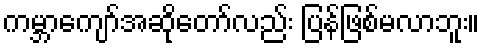
ကမ္ဘာကျော်အဆိုတော်လည်း ပြန်ဖြစ်မလာဘူး။